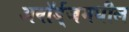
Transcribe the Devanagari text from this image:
अवॉर्ड्‌जमधील